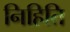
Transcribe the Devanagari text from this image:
निहिति